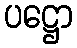
ပဋ္ဌော